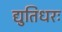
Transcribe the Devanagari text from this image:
द्युतिधरः